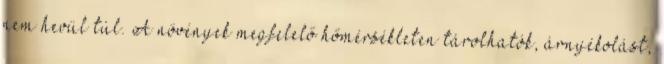
nem hevül túl. A növények megfelelő hőmérsékleten tárolhatók, árnyékolást,